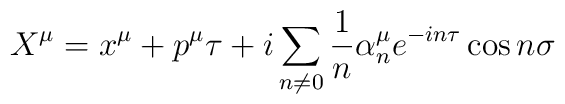
X^{\mu} = x^{\mu} + p^{\mu} \tau + i \sum\limits_{n \neq 0} \frac {1} {n}{\alpha}_n^{\mu} e^{-in \tau} \cos {n \sigma}